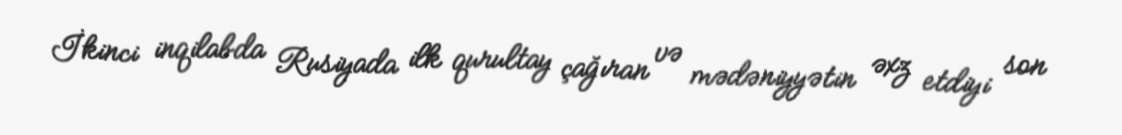
İkinci inqilabda Rusiyada ilk qurultay çağıran və mədəniyyətin əxz etdiyi son